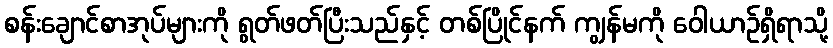
စန်းချောင်စာအုပ်များကို ရွတ်ဖတ်ပြီးသည်နှင့် တစ်ပြိုင်နက် ကျွန်မကို ဝေါယာဉ်ရှိရာသို့